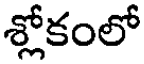
శ్లోకంలో